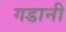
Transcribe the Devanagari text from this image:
गडानी